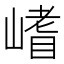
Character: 𭗈